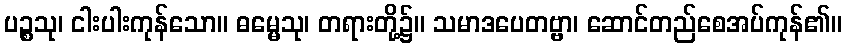
ပဉ္စသု၊ ငါးပါးကုန်သော။ ဓမ္မေသု၊ တရားတို့၌။ သမာဒပေတဗ္ဗာ၊ ဆောင်တည်စေအပ်ကုန်၏။